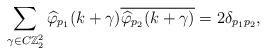
LaTeX: \begin{align*}\displaystyle \sum_{\gamma \in C{\mathbb{Z}}^2_2}\widehat{\varphi}_{p_1}(k+ \gamma)\overline{\widehat{\varphi}_{p_2}(k+ \gamma)}= 2 \delta_{p_1p_2}, \end{align*}